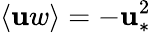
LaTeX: \langle\mathbf{u}w\rangle=-\mathbf{u}_{\ast}^{2}